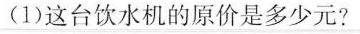
(1)这台饮水机的原价是多少元?